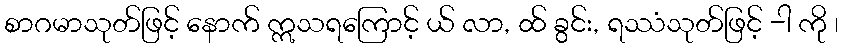
စာဂမာသုတ်ဖြင့် နောက် ဣသရကြောင့် ယ် လာ, ထ် ခွင်း, ရဿံသုတ်ဖြင့် -ါ ကို ၊